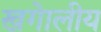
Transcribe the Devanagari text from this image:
खगेालीय